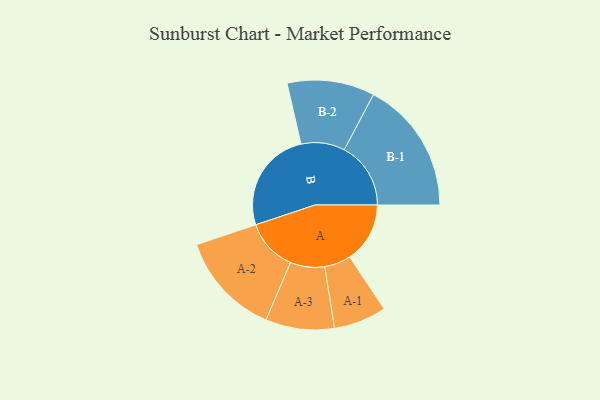
{"axis": {"x": "Segment", "y": "Value"}, "legend": ["", "A", "B"], "data": [{"x": "A", "y": 251, "type": ""}, {"x": "B", "y": 426, "type": ""}, {"x": "A-1", "y": 110, "type": "A"}, {"x": "A-2", "y": 216, "type": "A"}, {"x": "A-3", "y": 143, "type": "A"}, {"x": "B-1", "y": 277, "type": "B"}, {"x": "B-2", "y": 182, "type": "B"}]}